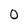
Character: O